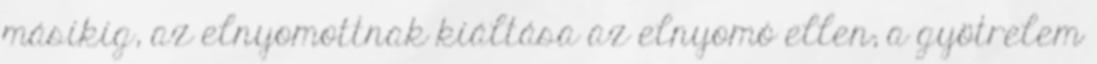
másikig, az elnyomottnak kiáltása az elnyomó ellen; a gyötrelem